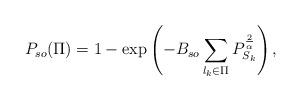
LaTeX: \begin{align*}P_{so}(\Pi)=1-\exp\left(-B_{so}\sum_{l_k \in \Pi} P_{S_k}^{\frac{2}{\alpha}}\right), \end{align*}